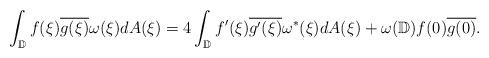
LaTeX: \begin{align*}\int_{\mathbb{D}}f(\xi)\overline{g(\xi)}\omega(\xi)dA(\xi)=4\int_{\mathbb{D}}f'(\xi)\overline{g'(\xi)}\omega^*(\xi)dA(\xi)+\omega(\mathbb{D})f(0)\overline{g(0)}.\end{align*}